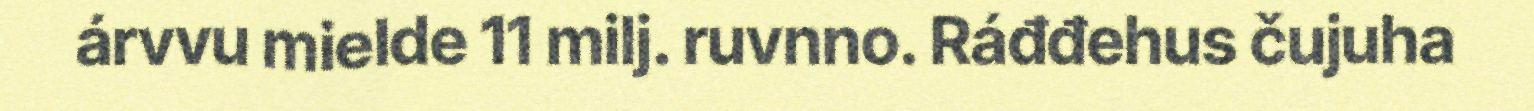
árvvu mielde 11 milj. ruvnno. Ráđđehus čujuha